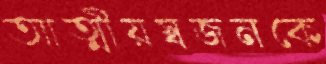
আত্মীয়স্বজনকে